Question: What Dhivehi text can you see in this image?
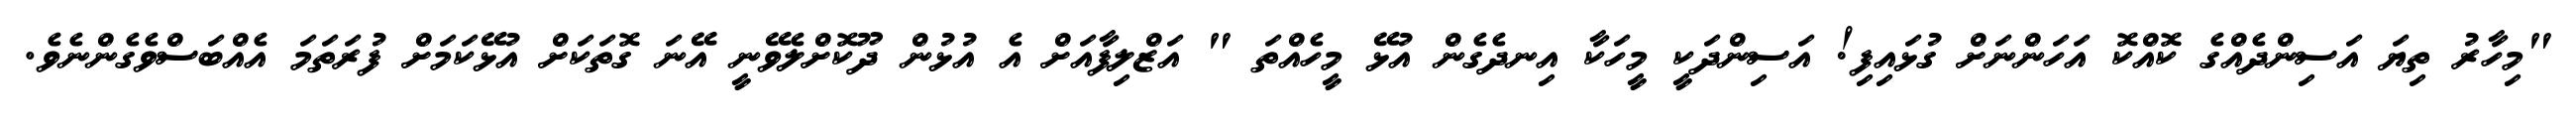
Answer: "މިހާރު ތިޔަ އަސިންދެއްގެ ކޮއްކޮ އަހަންނަށް ގުޅައިފި! އަސިންދަކީ މީހަކާ އިނދެގެން އުޅޭ މީހެއްތަ " އަޒްލިފާއަށް އެ އުޅުން ދޫކޮށްލެވޭނީ އޭނަ ގޮތަކަށް އުޅޭކަމަށް ފުރަތަމަ އެއްބަސްވެގެންނެވެ.